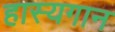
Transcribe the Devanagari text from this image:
हास्यगान